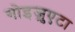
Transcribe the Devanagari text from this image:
गोइज़ुएटा